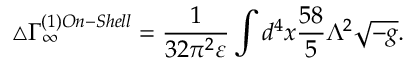
\triangle \Gamma _ { \infty } ^ { ( 1 ) O n - S h e l l } = \frac { 1 } { 3 2 \pi ^ { 2 } \varepsilon } \int d ^ { 4 } x \frac { 5 8 } { 5 } \Lambda ^ { 2 } \sqrt { - g } .